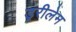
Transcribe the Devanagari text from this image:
ड्ररीलेन